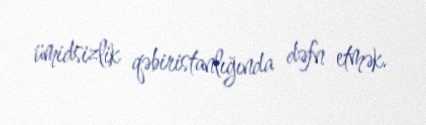
ümidsizlik qəbiristanlığında dəfn etmək.